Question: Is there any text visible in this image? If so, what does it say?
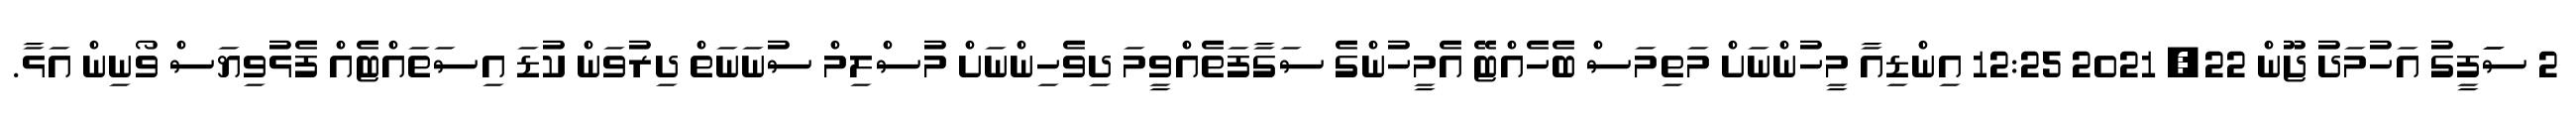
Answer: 2 ސަަފީގު އަހުމަދު ޖޫން 22, 2021 12:25 އިންޑިއާ މީހުންނަށް މަތިމަސް ބެހެއްޓޭ އެމީހުންގެ ސަގާފަތެއްވީމަ ދިވެހިންނަށް މުސްލިމް ސުނަނަތް ދިރުވަން ކުޑަ އިސަތައްޓެއް ފެޅުވިޔަސް ވޯނިން އަޅާ.